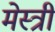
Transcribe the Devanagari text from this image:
मेस्‍त्री